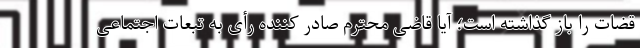
قضات را باز گذاشته است؛ آیا قاضی محترم صادر کننده رأی به تبعات اجتماعی